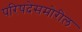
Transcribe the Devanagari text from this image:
परिषदेसमोरील